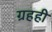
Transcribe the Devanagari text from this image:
ग्रहही